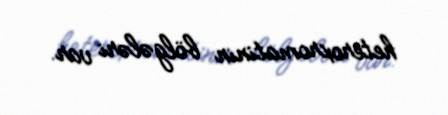
heteroxromatinin bölgələri var.